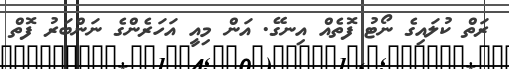
ރަތް ކުލައިގެ ނޯޓު ފޮތެއް އިނގޭ. އަން މިއީ އަހަރެންގެ ނަންބަރު ފޮތް